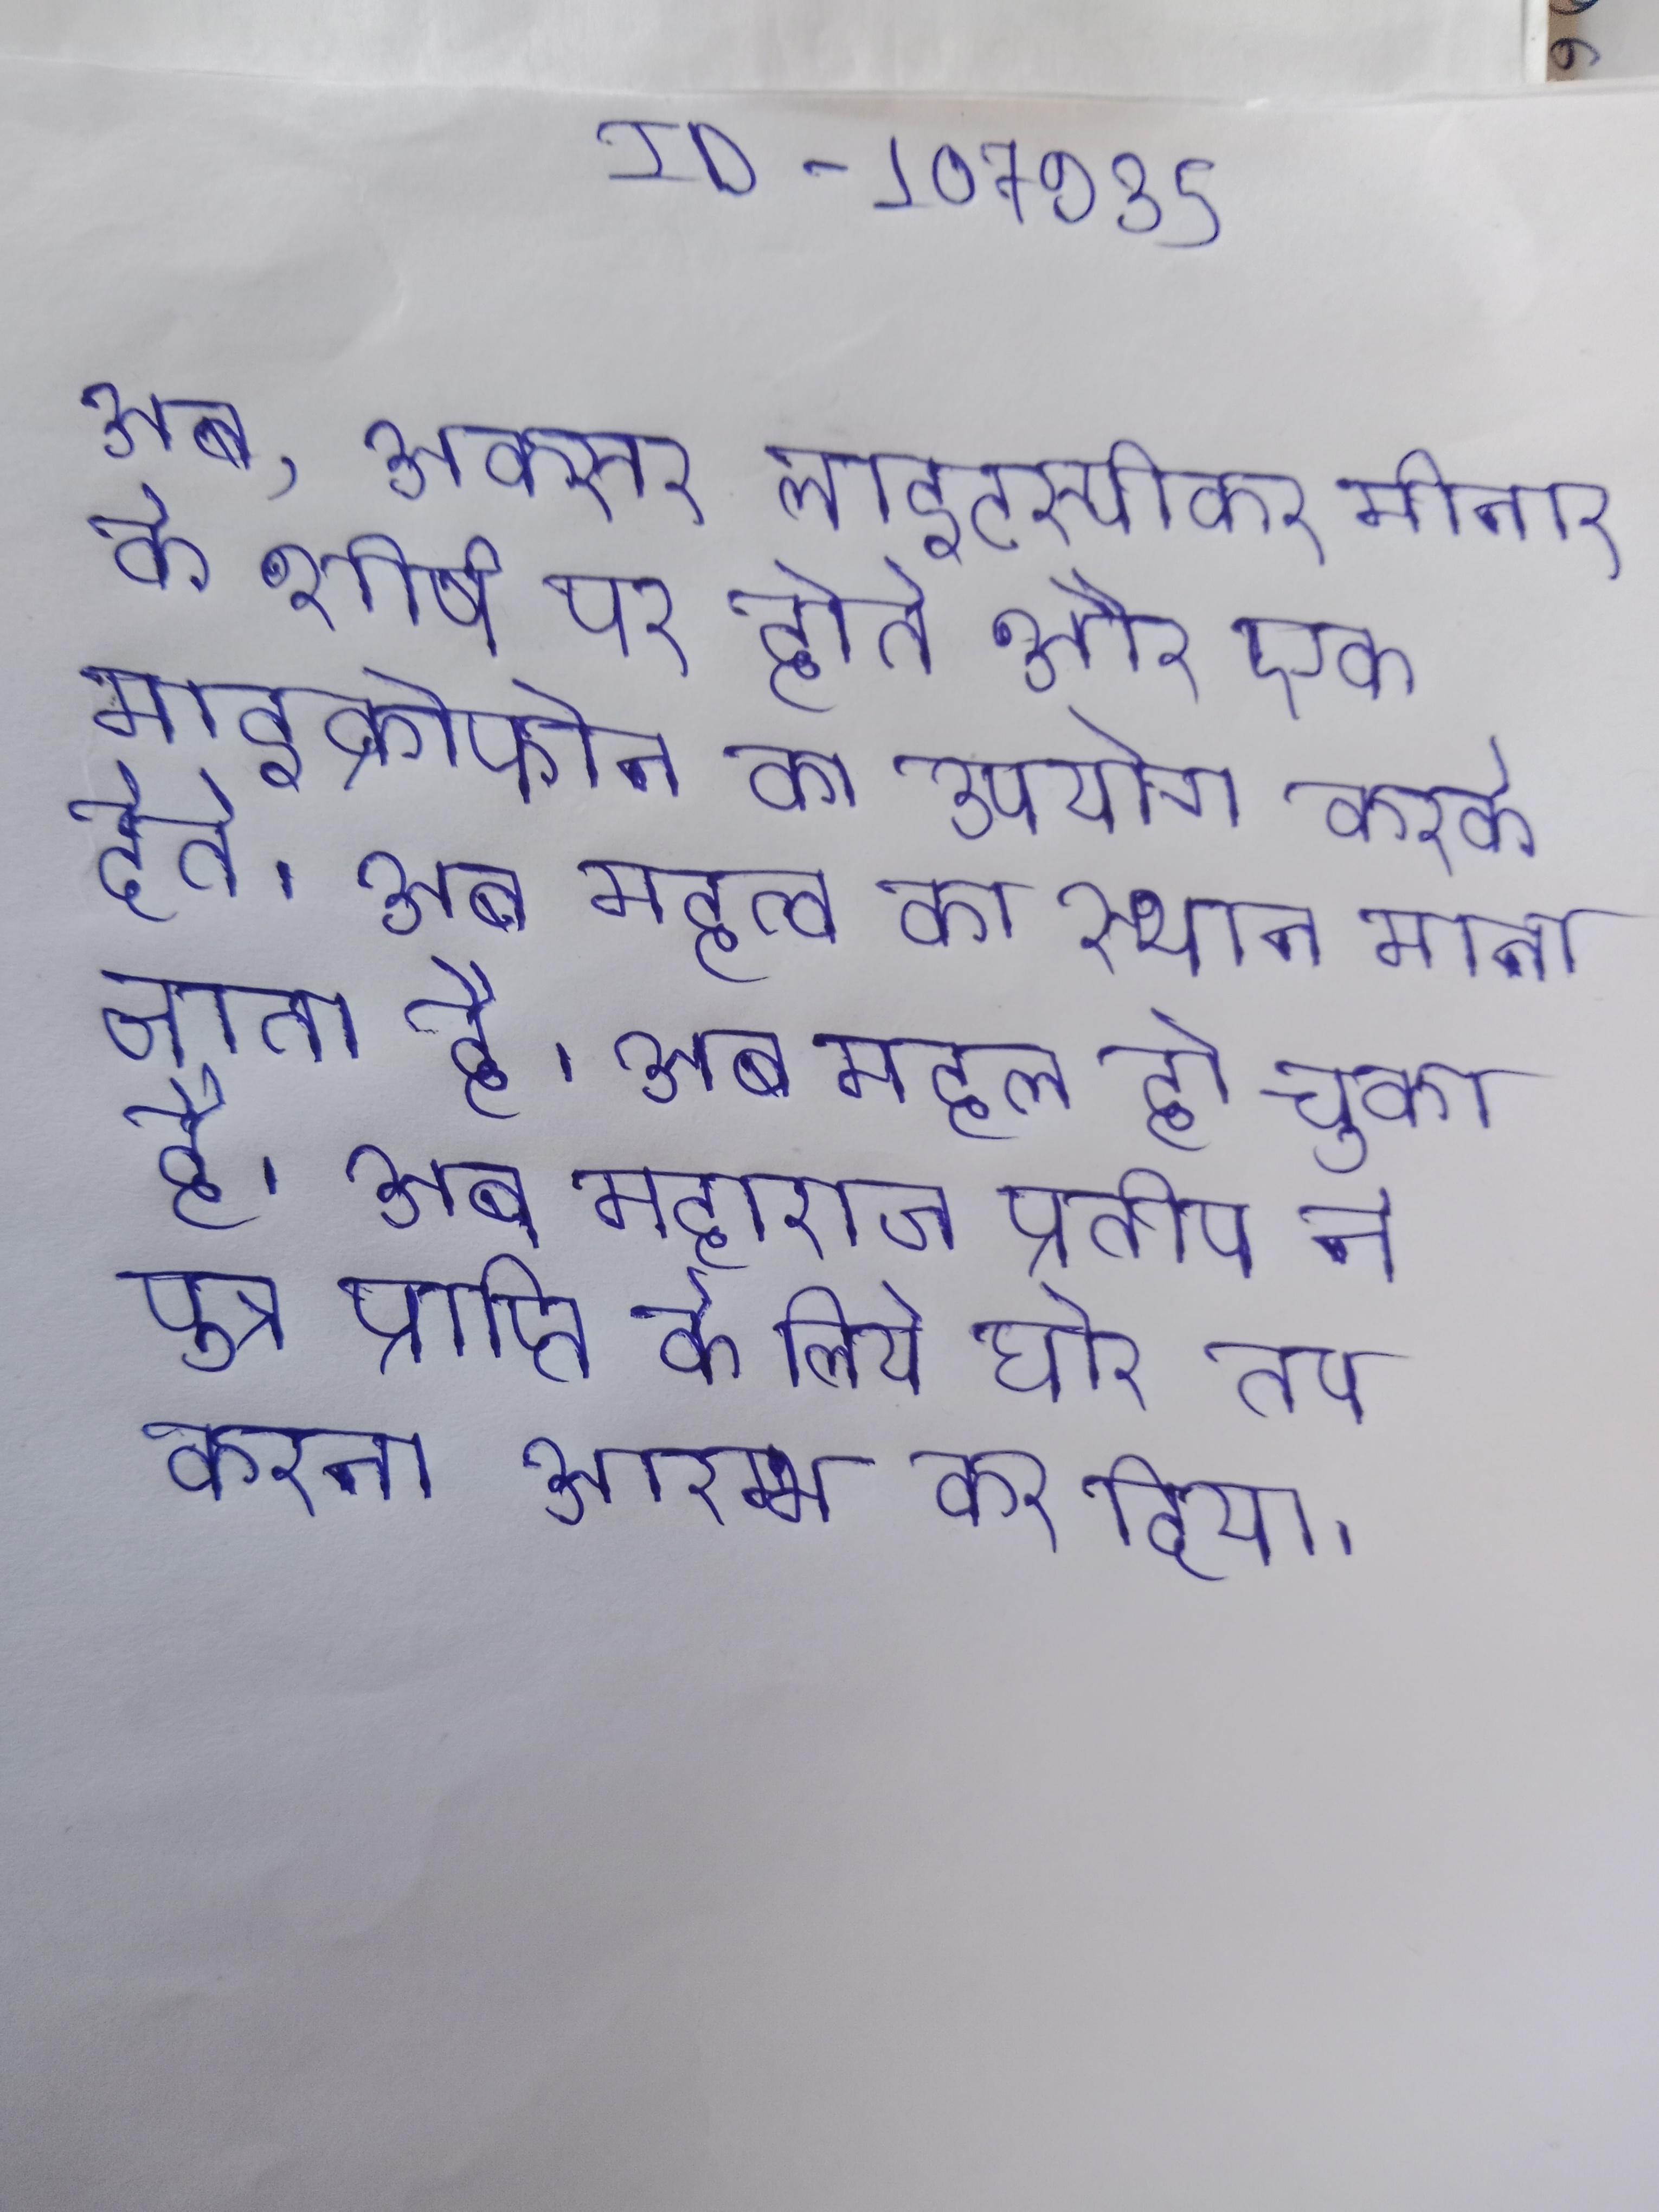
अब, अक्सर लाइटस्पीकर मीनार के शीर्ष पर होते और एक माइक्रोफोन का उपयोग करके देते । अब महत्व का स्थान माना जाता है । अब महत्वपूर्ण युद्घ तो ओबामा जीत ही चुके । अब महल हो चुका है । अब महाराज प्रतीप ने पुत्र प्राप्ति के लिये घोर तप करना आरम्भ कर दिया ।